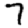
Digit: 7